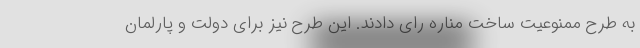
به طرح ممنوعیت ساخت مناره‌ رای دادند. این طرح نیز برای دولت و پارلمان